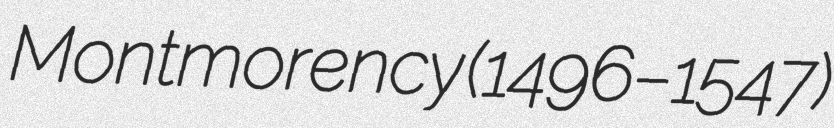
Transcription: Montmorency (1496–1547)